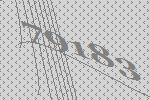
79183